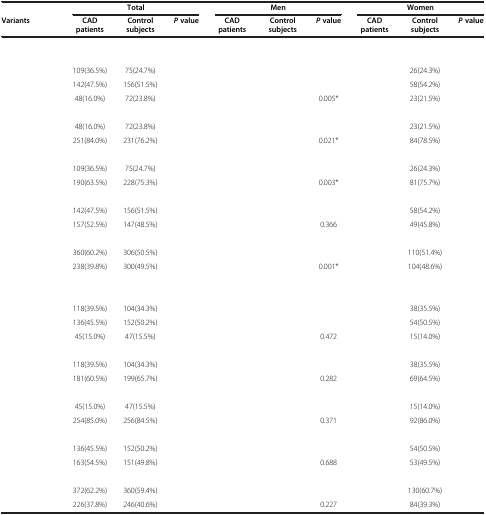
<table><thead><tr><td>[EMPTY_CELL]</td><td colspan="3"><b>Total</b></td><td colspan="3"><b>Men</b></td><td colspan="3"><b>Women</b></td></tr><tr><td><b>Variants</b></td><td><b>CAD patients</b></td><td><b>Control subjects</b></td><td><b><i>P </i>value</b></td><td><b>CAD patients</b></td><td><b>Control subjects</b></td><td><b><i>P </i>value</b></td><td><b>CAD patients</b></td><td><b>Control subjects</b></td><td><b><i>P </i>value</b></td></tr></thead><tbody><tr><td>[EMPTY_CELL]</td><td>[EMPTY_CELL]</td><td>[EMPTY_CELL]</td><td>[EMPTY_CELL]</td><td>[EMPTY_CELL]</td><td>[EMPTY_CELL]</td><td>[EMPTY_CELL]</td><td>[EMPTY_CELL]</td><td>[EMPTY_CELL]</td><td>[EMPTY_CELL]</td></tr><tr><td>[EMPTY_CELL]</td><td>[EMPTY_CELL]</td><td>[EMPTY_CELL]</td><td>[EMPTY_CELL]</td><td>[EMPTY_CELL]</td><td>[EMPTY_CELL]</td><td>[EMPTY_CELL]</td><td>[EMPTY_CELL]</td><td>[EMPTY_CELL]</td><td>[EMPTY_CELL]</td></tr><tr><td>[EMPTY_CELL]</td><td>109(36.5%)</td><td>75(24.7%)</td><td>[EMPTY_CELL]</td><td>[EMPTY_CELL]</td><td>[EMPTY_CELL]</td><td>[EMPTY_CELL]</td><td>[EMPTY_CELL]</td><td>26(24.3%)</td><td>[EMPTY_CELL]</td></tr><tr><td>[EMPTY_CELL]</td><td>142(47.5%)</td><td>156(51.5%)</td><td>[EMPTY_CELL]</td><td>[EMPTY_CELL]</td><td>[EMPTY_CELL]</td><td>[EMPTY_CELL]</td><td>[EMPTY_CELL]</td><td>58(54.2%)</td><td>[EMPTY_CELL]</td></tr><tr><td>[EMPTY_CELL]</td><td>48(16.0%)</td><td>72(23.8%)</td><td>[EMPTY_CELL]</td><td>[EMPTY_CELL]</td><td>[EMPTY_CELL]</td><td>0.005*</td><td>[EMPTY_CELL]</td><td>23(21.5%)</td><td>[EMPTY_CELL]</td></tr><tr><td>[EMPTY_CELL]</td><td>[EMPTY_CELL]</td><td>[EMPTY_CELL]</td><td>[EMPTY_CELL]</td><td>[EMPTY_CELL]</td><td>[EMPTY_CELL]</td><td>[EMPTY_CELL]</td><td>[EMPTY_CELL]</td><td>[EMPTY_CELL]</td><td>[EMPTY_CELL]</td></tr><tr><td>[EMPTY_CELL]</td><td>48(16.0%)</td><td>72(23.8%)</td><td>[EMPTY_CELL]</td><td>[EMPTY_CELL]</td><td>[EMPTY_CELL]</td><td>[EMPTY_CELL]</td><td>[EMPTY_CELL]</td><td>23(21.5%)</td><td>[EMPTY_CELL]</td></tr><tr><td>[EMPTY_CELL]</td><td>251(84.0%)</td><td>231(76.2%)</td><td>[EMPTY_CELL]</td><td>[EMPTY_CELL]</td><td>[EMPTY_CELL]</td><td>0.021*</td><td>[EMPTY_CELL]</td><td>84(78.5%)</td><td>[EMPTY_CELL]</td></tr><tr><td>[EMPTY_CELL]</td><td>[EMPTY_CELL]</td><td>[EMPTY_CELL]</td><td>[EMPTY_CELL]</td><td>[EMPTY_CELL]</td><td>[EMPTY_CELL]</td><td>[EMPTY_CELL]</td><td>[EMPTY_CELL]</td><td>[EMPTY_CELL]</td><td>[EMPTY_CELL]</td></tr><tr><td>[EMPTY_CELL]</td><td>109(36.5%)</td><td>75(24.7%)</td><td>[EMPTY_CELL]</td><td>[EMPTY_CELL]</td><td>[EMPTY_CELL]</td><td>[EMPTY_CELL]</td><td>[EMPTY_CELL]</td><td>26(24.3%)</td><td>[EMPTY_CELL]</td></tr><tr><td>[EMPTY_CELL]</td><td>190(63.5%)</td><td>228(75.3%)</td><td>[EMPTY_CELL]</td><td>[EMPTY_CELL]</td><td>[EMPTY_CELL]</td><td>0.003*</td><td>[EMPTY_CELL]</td><td>81(75.7%)</td><td>[EMPTY_CELL]</td></tr><tr><td>[EMPTY_CELL]</td><td>[EMPTY_CELL]</td><td>[EMPTY_CELL]</td><td>[EMPTY_CELL]</td><td>[EMPTY_CELL]</td><td>[EMPTY_CELL]</td><td>[EMPTY_CELL]</td><td>[EMPTY_CELL]</td><td>[EMPTY_CELL]</td><td>[EMPTY_CELL]</td></tr><tr><td>[EMPTY_CELL]</td><td>142(47.5%)</td><td>156(51.5%)</td><td>[EMPTY_CELL]</td><td>[EMPTY_CELL]</td><td>[EMPTY_CELL]</td><td>[EMPTY_CELL]</td><td>[EMPTY_CELL]</td><td>58(54.2%)</td><td>[EMPTY_CELL]</td></tr><tr><td>[EMPTY_CELL]</td><td>157(52.5%)</td><td>147(48.5%)</td><td>[EMPTY_CELL]</td><td>[EMPTY_CELL]</td><td>[EMPTY_CELL]</td><td>0.366</td><td>[EMPTY_CELL]</td><td>49(45.8%)</td><td>[EMPTY_CELL]</td></tr><tr><td>[EMPTY_CELL]</td><td>[EMPTY_CELL]</td><td>[EMPTY_CELL]</td><td>[EMPTY_CELL]</td><td>[EMPTY_CELL]</td><td>[EMPTY_CELL]</td><td>[EMPTY_CELL]</td><td>[EMPTY_CELL]</td><td>[EMPTY_CELL]</td><td>[EMPTY_CELL]</td></tr><tr><td>[EMPTY_CELL]</td><td>360(60.2%)</td><td>306(50.5%)</td><td>[EMPTY_CELL]</td><td>[EMPTY_CELL]</td><td>[EMPTY_CELL]</td><td>[EMPTY_CELL]</td><td>[EMPTY_CELL]</td><td>110(51.4%)</td><td>[EMPTY_CELL]</td></tr><tr><td>[EMPTY_CELL]</td><td>238(39.8%)</td><td>300(49.5%)</td><td>[EMPTY_CELL]</td><td>[EMPTY_CELL]</td><td>[EMPTY_CELL]</td><td>0.001*</td><td>[EMPTY_CELL]</td><td>104(48.6%)</td><td>[EMPTY_CELL]</td></tr><tr><td>[EMPTY_CELL]</td><td>[EMPTY_CELL]</td><td>[EMPTY_CELL]</td><td>[EMPTY_CELL]</td><td>[EMPTY_CELL]</td><td>[EMPTY_CELL]</td><td>[EMPTY_CELL]</td><td>[EMPTY_CELL]</td><td>[EMPTY_CELL]</td><td>[EMPTY_CELL]</td></tr><tr><td>[EMPTY_CELL]</td><td>[EMPTY_CELL]</td><td>[EMPTY_CELL]</td><td>[EMPTY_CELL]</td><td>[EMPTY_CELL]</td><td>[EMPTY_CELL]</td><td>[EMPTY_CELL]</td><td>[EMPTY_CELL]</td><td>[EMPTY_CELL]</td><td>[EMPTY_CELL]</td></tr><tr><td>[EMPTY_CELL]</td><td>118(39.5%)</td><td>104(34.3%)</td><td>[EMPTY_CELL]</td><td>[EMPTY_CELL]</td><td>[EMPTY_CELL]</td><td>[EMPTY_CELL]</td><td>[EMPTY_CELL]</td><td>38(35.5%)</td><td>[EMPTY_CELL]</td></tr><tr><td>[EMPTY_CELL]</td><td>136(45.5%)</td><td>152(50.2%)</td><td>[EMPTY_CELL]</td><td>[EMPTY_CELL]</td><td>[EMPTY_CELL]</td><td>[EMPTY_CELL]</td><td>[EMPTY_CELL]</td><td>54(50.5%)</td><td>[EMPTY_CELL]</td></tr><tr><td>[EMPTY_CELL]</td><td>45(15.0%)</td><td>47(15.5%)</td><td>[EMPTY_CELL]</td><td>[EMPTY_CELL]</td><td>[EMPTY_CELL]</td><td>0.472</td><td>[EMPTY_CELL]</td><td>15(14.0%)</td><td>[EMPTY_CELL]</td></tr><tr><td>[EMPTY_CELL]</td><td>[EMPTY_CELL]</td><td>[EMPTY_CELL]</td><td>[EMPTY_CELL]</td><td>[EMPTY_CELL]</td><td>[EMPTY_CELL]</td><td>[EMPTY_CELL]</td><td>[EMPTY_CELL]</td><td>[EMPTY_CELL]</td><td>[EMPTY_CELL]</td></tr><tr><td>[EMPTY_CELL]</td><td>118(39.5%)</td><td>104(34.3%)</td><td>[EMPTY_CELL]</td><td>[EMPTY_CELL]</td><td>[EMPTY_CELL]</td><td>[EMPTY_CELL]</td><td>[EMPTY_CELL]</td><td>38(35.5%)</td><td>[EMPTY_CELL]</td></tr><tr><td>[EMPTY_CELL]</td><td>181(60.5%)</td><td>199(65.7%)</td><td>[EMPTY_CELL]</td><td>[EMPTY_CELL]</td><td>[EMPTY_CELL]</td><td>0.282</td><td>[EMPTY_CELL]</td><td>69(64.5%)</td><td>[EMPTY_CELL]</td></tr><tr><td>[EMPTY_CELL]</td><td>[EMPTY_CELL]</td><td>[EMPTY_CELL]</td><td>[EMPTY_CELL]</td><td>[EMPTY_CELL]</td><td>[EMPTY_CELL]</td><td>[EMPTY_CELL]</td><td>[EMPTY_CELL]</td><td>[EMPTY_CELL]</td><td>[EMPTY_CELL]</td></tr><tr><td>[EMPTY_CELL]</td><td>45(15.0%)</td><td>47(15.5%)</td><td>[EMPTY_CELL]</td><td>[EMPTY_CELL]</td><td>[EMPTY_CELL]</td><td>[EMPTY_CELL]</td><td>[EMPTY_CELL]</td><td>15(14.0%)</td><td>[EMPTY_CELL]</td></tr><tr><td>[EMPTY_CELL]</td><td>254(85.0%)</td><td>256(84.5%)</td><td>[EMPTY_CELL]</td><td>[EMPTY_CELL]</td><td>[EMPTY_CELL]</td><td>0.371</td><td>[EMPTY_CELL]</td><td>92(86.0%)</td><td>[EMPTY_CELL]</td></tr><tr><td>[EMPTY_CELL]</td><td>[EMPTY_CELL]</td><td>[EMPTY_CELL]</td><td>[EMPTY_CELL]</td><td>[EMPTY_CELL]</td><td>[EMPTY_CELL]</td><td>[EMPTY_CELL]</td><td>[EMPTY_CELL]</td><td>[EMPTY_CELL]</td><td>[EMPTY_CELL]</td></tr><tr><td>[EMPTY_CELL]</td><td>136(45.5%)</td><td>152(50.2%)</td><td>[EMPTY_CELL]</td><td>[EMPTY_CELL]</td><td>[EMPTY_CELL]</td><td>[EMPTY_CELL]</td><td>[EMPTY_CELL]</td><td>54(50.5%)</td><td>[EMPTY_CELL]</td></tr><tr><td>[EMPTY_CELL]</td><td>163(54.5%)</td><td>151(49.8%)</td><td>[EMPTY_CELL]</td><td>[EMPTY_CELL]</td><td>[EMPTY_CELL]</td><td>0.688</td><td>[EMPTY_CELL]</td><td>53(49.5%)</td><td>[EMPTY_CELL]</td></tr><tr><td>[EMPTY_CELL]</td><td>[EMPTY_CELL]</td><td>[EMPTY_CELL]</td><td>[EMPTY_CELL]</td><td>[EMPTY_CELL]</td><td>[EMPTY_CELL]</td><td>[EMPTY_CELL]</td><td>[EMPTY_CELL]</td><td>[EMPTY_CELL]</td><td>[EMPTY_CELL]</td></tr><tr><td>[EMPTY_CELL]</td><td>372(62.2%)</td><td>360(59.4%)</td><td>[EMPTY_CELL]</td><td>[EMPTY_CELL]</td><td>[EMPTY_CELL]</td><td>[EMPTY_CELL]</td><td>[EMPTY_CELL]</td><td>130(60.7%)</td><td>[EMPTY_CELL]</td></tr><tr><td>[EMPTY_CELL]</td><td>226(37.8%)</td><td>246(40.6%)</td><td>[EMPTY_CELL]</td><td>[EMPTY_CELL]</td><td>[EMPTY_CELL]</td><td>0.227</td><td>[EMPTY_CELL]</td><td>84(39.3%)</td><td>[EMPTY_CELL]</td></tr></tbody></table>